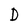
Character: D